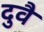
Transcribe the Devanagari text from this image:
दुवै